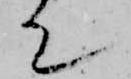
て